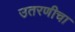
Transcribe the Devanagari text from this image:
उतरणीचा